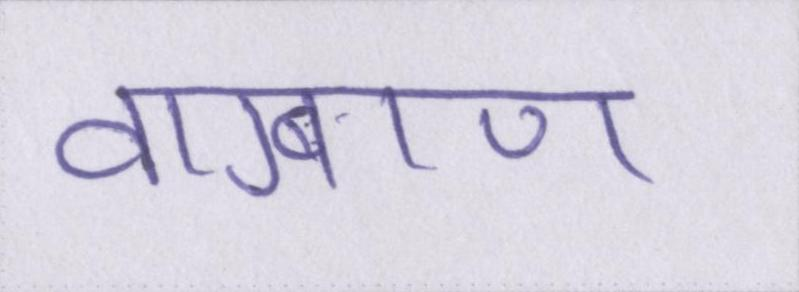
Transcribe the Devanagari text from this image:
वाग्बाण